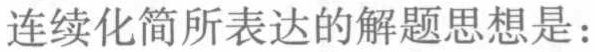
连续化简所表达的解题思想是：